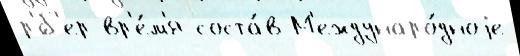
р'́б'ер вр'е́м'я соста́в М'еждунаро́дноjе